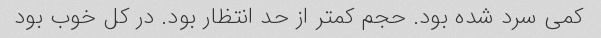
کمی سرد شده بود. حجم کمتر از حد انتظار بود. در کل خوب بود